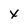
Character: X